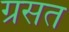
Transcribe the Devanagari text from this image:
ग्रसत